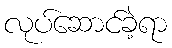
လုပ်ဆောင်ခဲ့ရာ